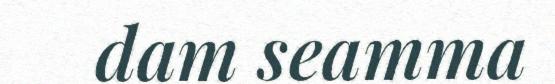
dam seamma